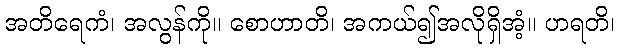
အတိရေကံ၊ အလွန်ကို။ စောဟာတိ၊ အကယ်၍အလိုရှိအံ့။ ဟရတိ၊